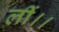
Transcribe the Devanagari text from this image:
लीं।।